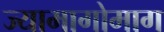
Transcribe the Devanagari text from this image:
ज्यामागोमाग